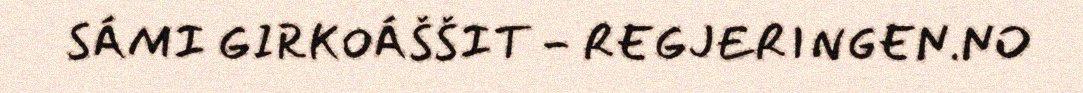
SÁMI GIRKOÁŠŠIT - REGJERINGEN.NO